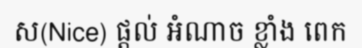
ស(Nice) ផ្តល់ អំណាច ខ្លាំង ពេក